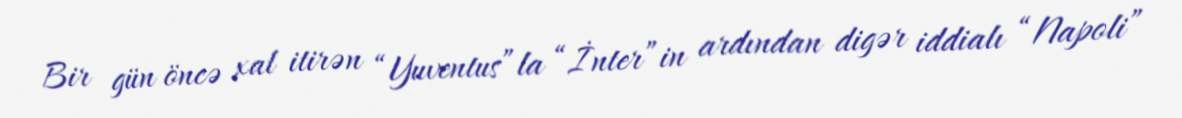
Bir gün öncə xal itirən “Yuventus”la “İnter”in ardından digər iddialı “Napoli”